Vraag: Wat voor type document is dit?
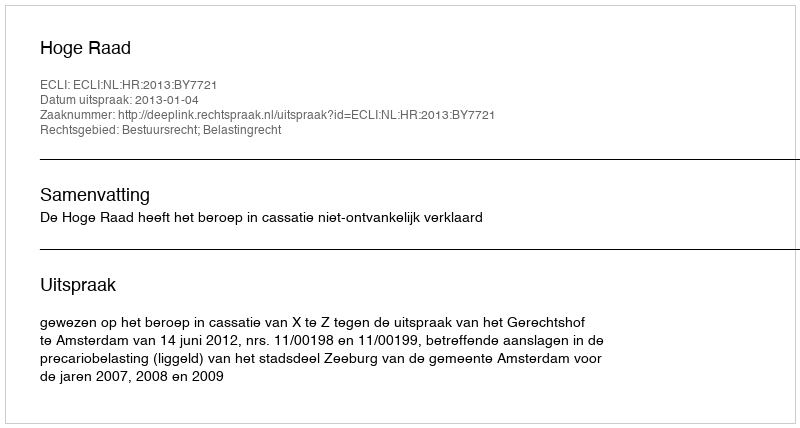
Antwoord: Uitspraak